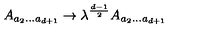
A _ { a _ { 2 } . . . a _ { d + 1 } } \rightarrow \lambda ^ { \frac { d - 1 } { 2 } } A _ { a _ { 2 } . . . a _ { d + 1 } }